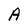
Character: A